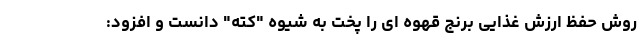
روش حفظ ارزش غذایی برنج قهوه ای را پخت به شیوه "کته" دانست و افزود: